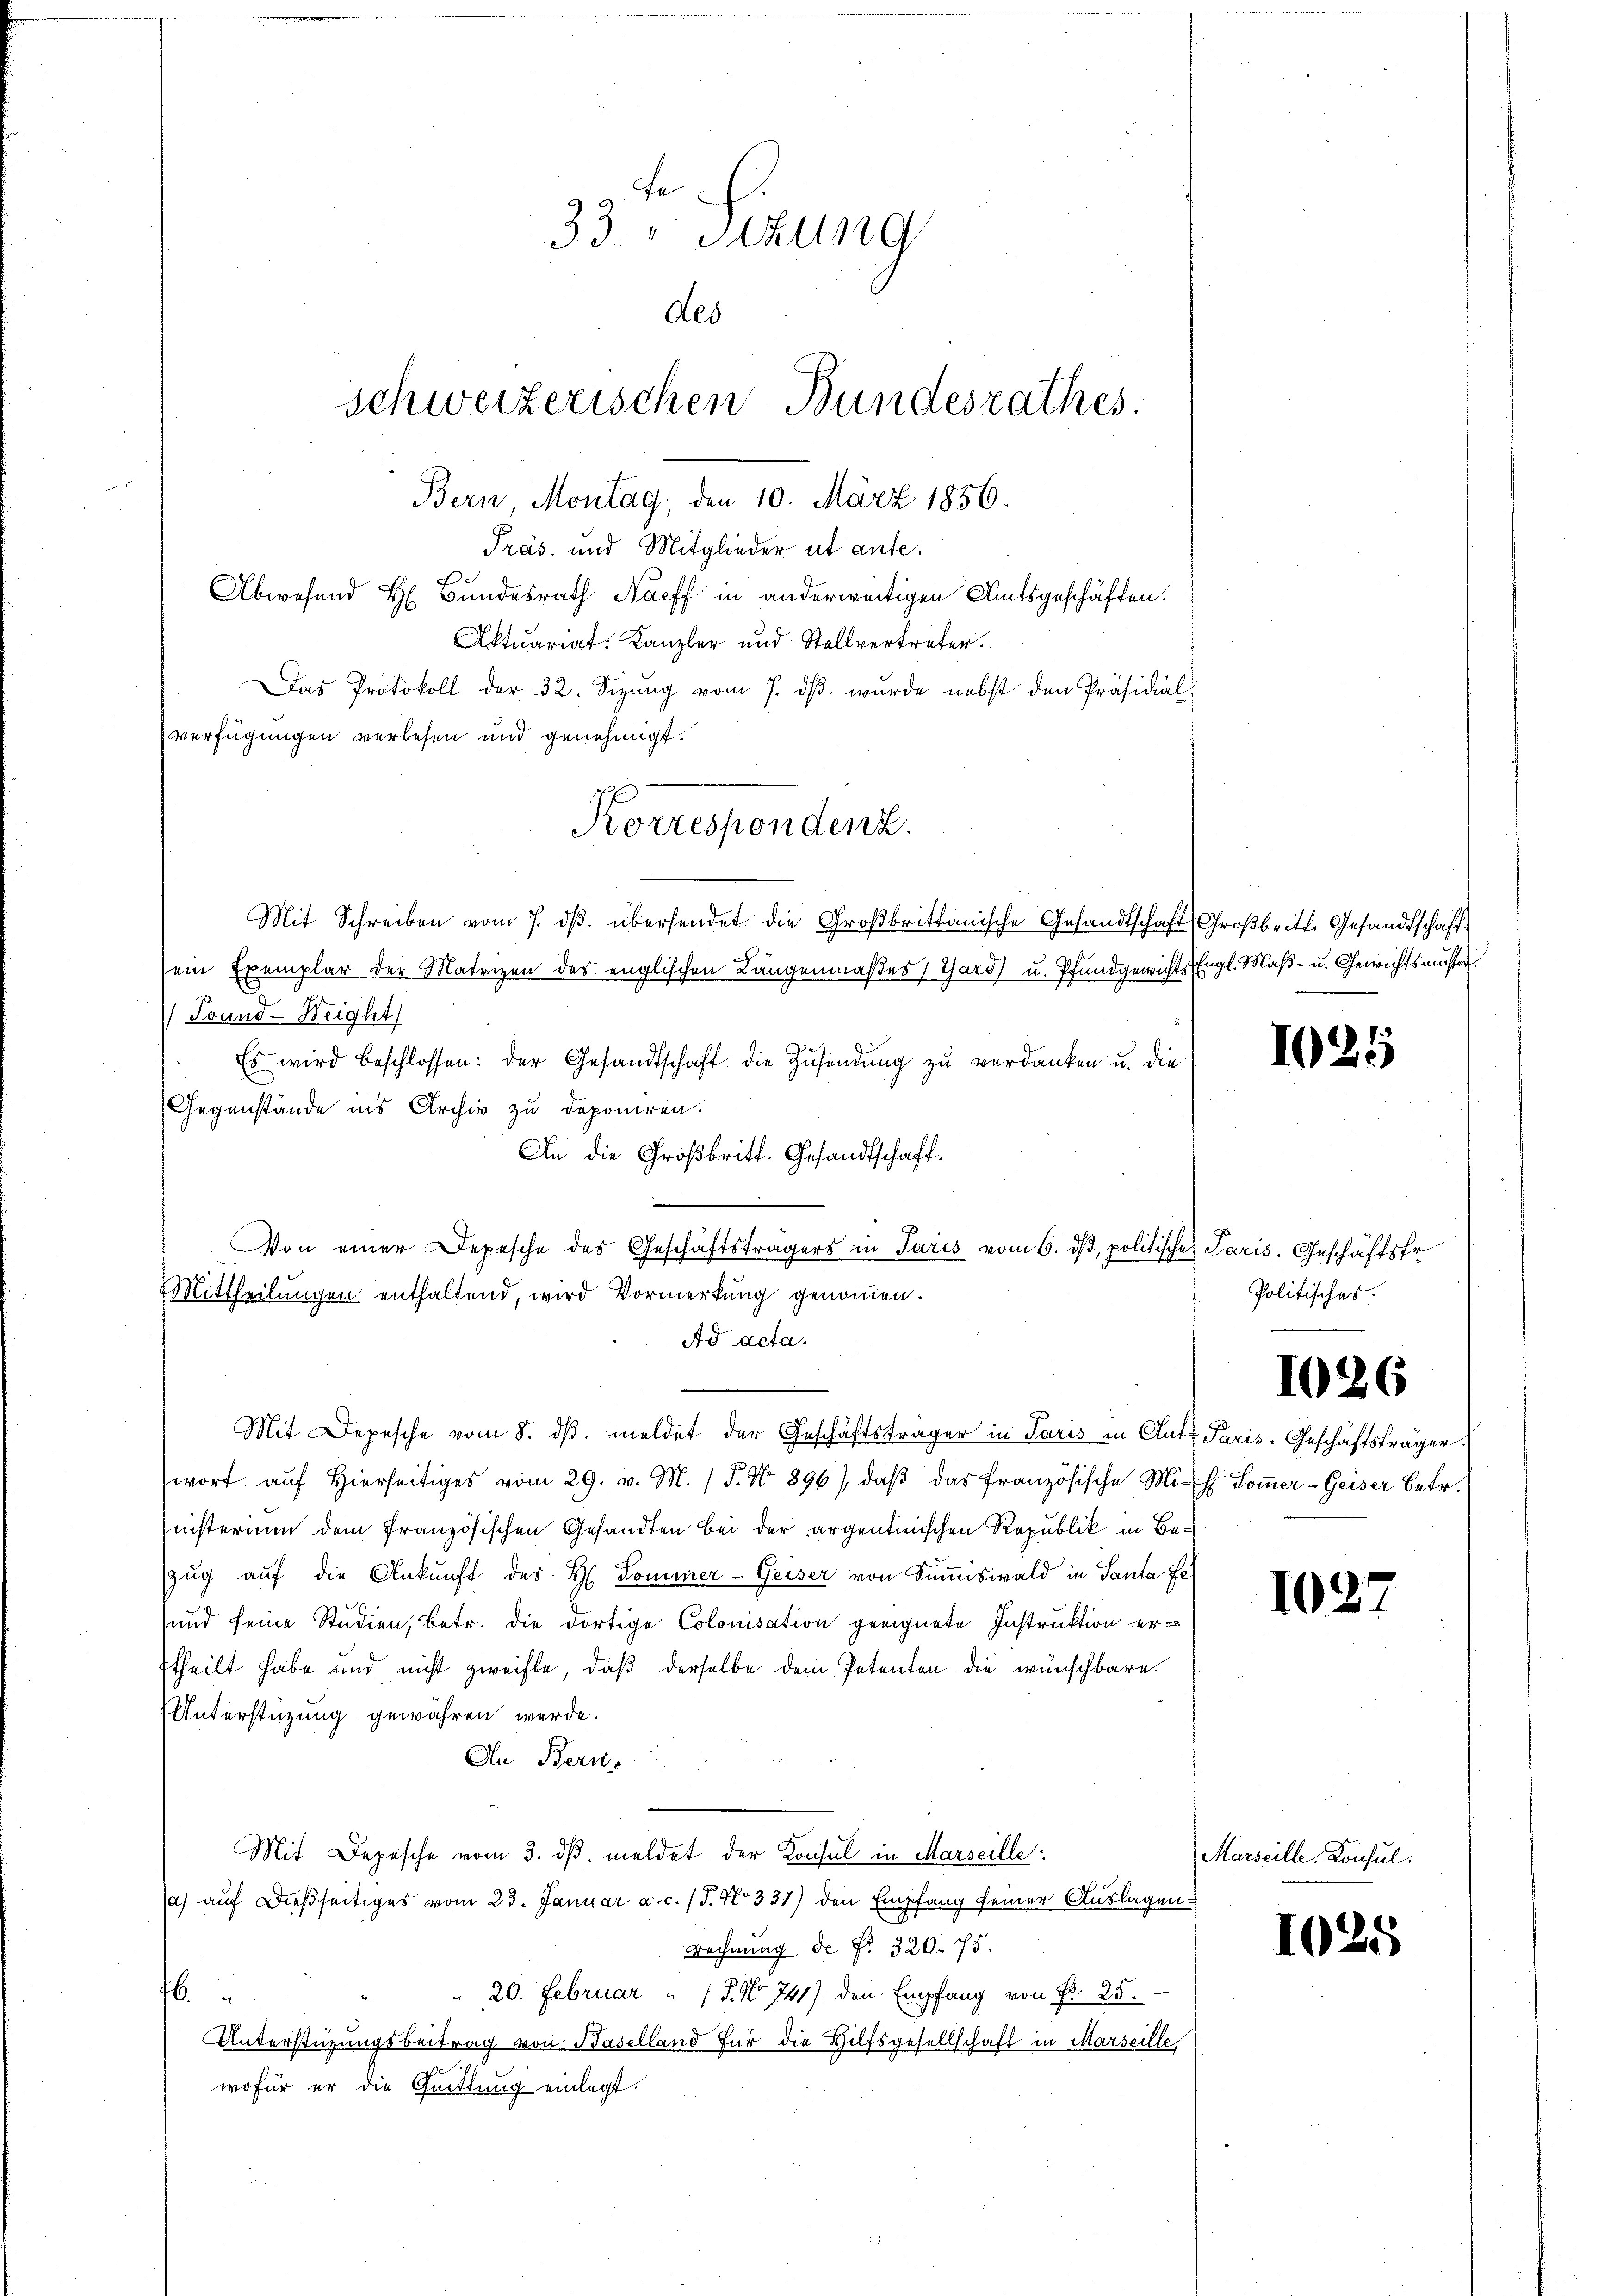
33. " Sttung
des
schweizerischen Bundesrathes:
Bern Montag, den 10. März 1856.

Präs. und Mitglieder ut ante.
Abwesend H. Bundesrath Naeff in anderweitigen Amtsgeschäften.

Aktuariat. Kanzler und Stellvertreter.
Das Protokoll der 32. Sizŭng vom 7. dβ. wurde nebst den Präsidial
verfügungen verlesen und genehmigt.
Mit Schreiben vom 7. dβ. übersendet die Großbrittanische Gesandtschaft Großbritt. Gesandtschaft
sein Exemplar der Matrizen des englischen Langenmaßes Tard) u. Pfandgewichts Engl. Maß- u. Gewichtsmister.
Jound- Weight
Es wird beschlossen: der Gesandtschaft. Die Zusendung zu verdanken u. die
Gegenstände ins Archiv zu deponiren.
An die Großbritt. Gesandtschaft.
Von einer Depesche des Geschäftsträgers in Paris vom 6. dβ, politische Paris. Geschäftsfr
Mittheilungen enthaltend, wird Vormerkung genoṁen.
Ad acta.
Mit Depesche vom 8. dβ. meldet der Geschäftsträger in Paris in Clatz Paris-Geschäftsträger
wort aŭf hierseitiges vom 29. v. M. (T. No 896), daβ das französische Mith. Soṁer-Geiser Betr.
nisterium dem französischen Gesandten bei der argentinischen Republik in Be¬
ZZug auf die Ankunft des H. Dominer-Geiser von Summiswald in Santa Fe
und seine Studien, betr. die dortige Colonisation geeignete Instruktion er-
theilt habe und nicht zweifle, daß derselbe dem Petenten die wünschbare
Unterstüzung gewähren werde.
An Berns
Mit Depesche vom 3. dβ. meldet der Konsul in Marseille:
) auf dießseitiges vom 23. Januar a. c. (T. No 331) den Empfang seiner Auslagen¬
Rechnung de f. 320. 75.
" 20. Februar " 15. No 741. den Empfang von P. 25.
6.
Unterstützungsbeitrag von Baselland für die Hilfsgesellschaft in Marseille
s
wofür er die Quittung einlegt.

Korresponden.

1021

Politisches.

1026

102.

Marseille Konsul

1025